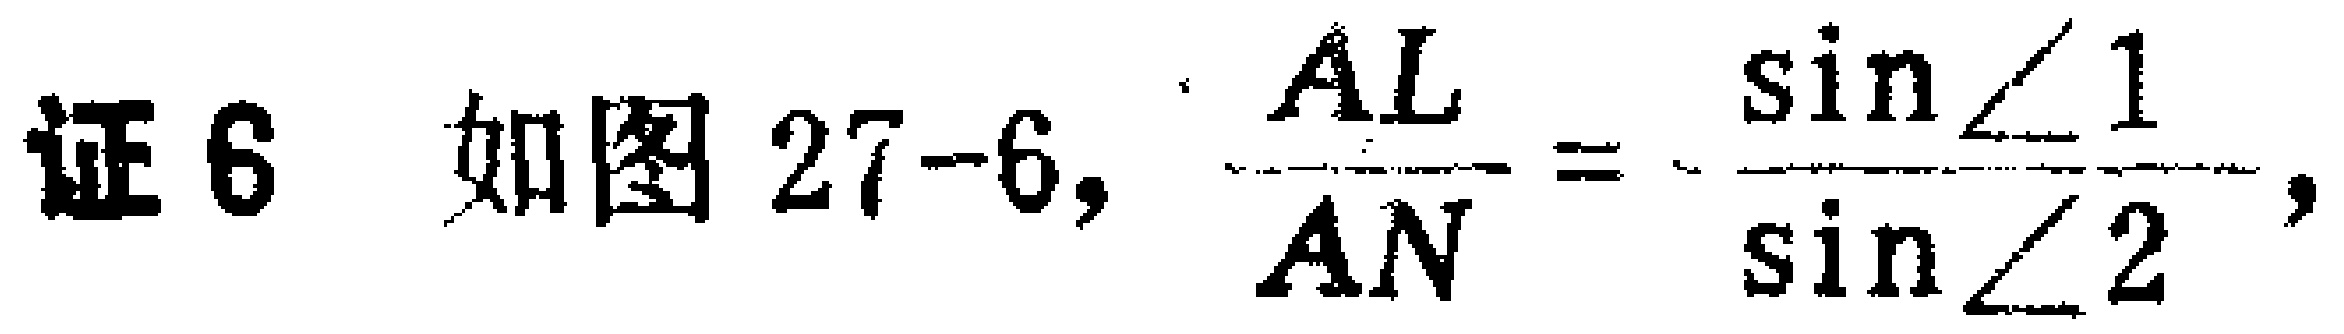
证6 如图27-6, \(\frac{AL}{AN}=\frac{\sin\angle1}{\sin\angle2}\),